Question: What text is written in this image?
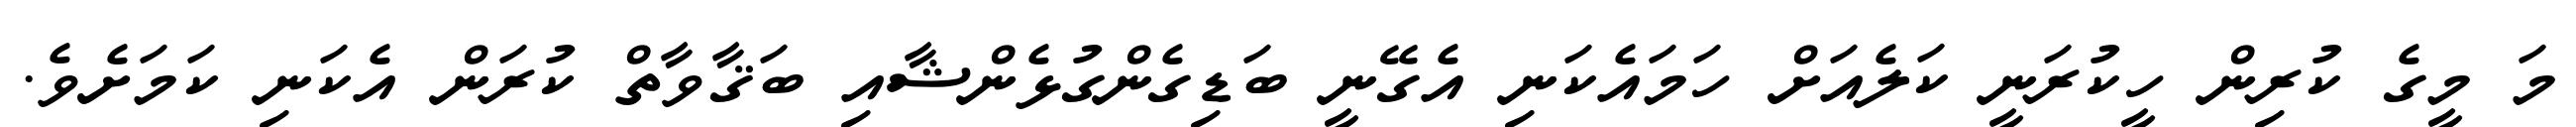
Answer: މަ މީގެ ކުރިން ހީކުރަނީ ކަލެއަށް ހަމައެކަނި އެގޭނީ ބަޑިގެންގުޅެންޝާއި ބަޤާވާތް ކުރަން އެކަނި ކަމަށެވެ.